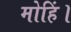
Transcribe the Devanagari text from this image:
मोहिं।